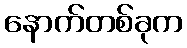
နောက်တစ်ခုက